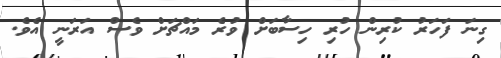
ގިނަ ފަހަރު ކުރިން ހުރި ހިސާބަށް ވުރެ މައްޗަށް ވެސް އަރަނީ އެވެ.